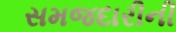
સમજદારીની